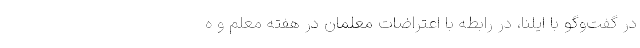
در گفت‌وگو با ایلنا، در رابطه با اعتراضات معلمان در هفته معلم و ه